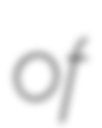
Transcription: of